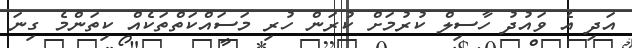
އަދި އެ ވައުދު ހާސިލް ކުރުމަށް ކުރަން ހުރި މަސައްކަތްތަކެއް ކިތަންމެ ގިނަ